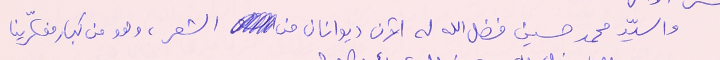
والسيّد محمد حسين فضل الله له الآن ديوانان من الشعر، وهو من كبار مفكّرينا